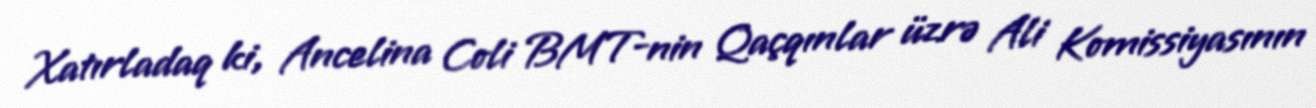
Xatırladaq ki, Ancelina Coli BMT-nin Qaçqınlar üzrə Ali Komissiyasının